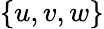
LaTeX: \{ u,v,w\}